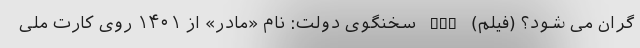
گران می شود؟ (فیلم) nan سخنگوی دولت: نام «مادر» از ۱۴۰۱ روی کارت ملی